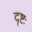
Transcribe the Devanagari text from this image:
दृष्टः